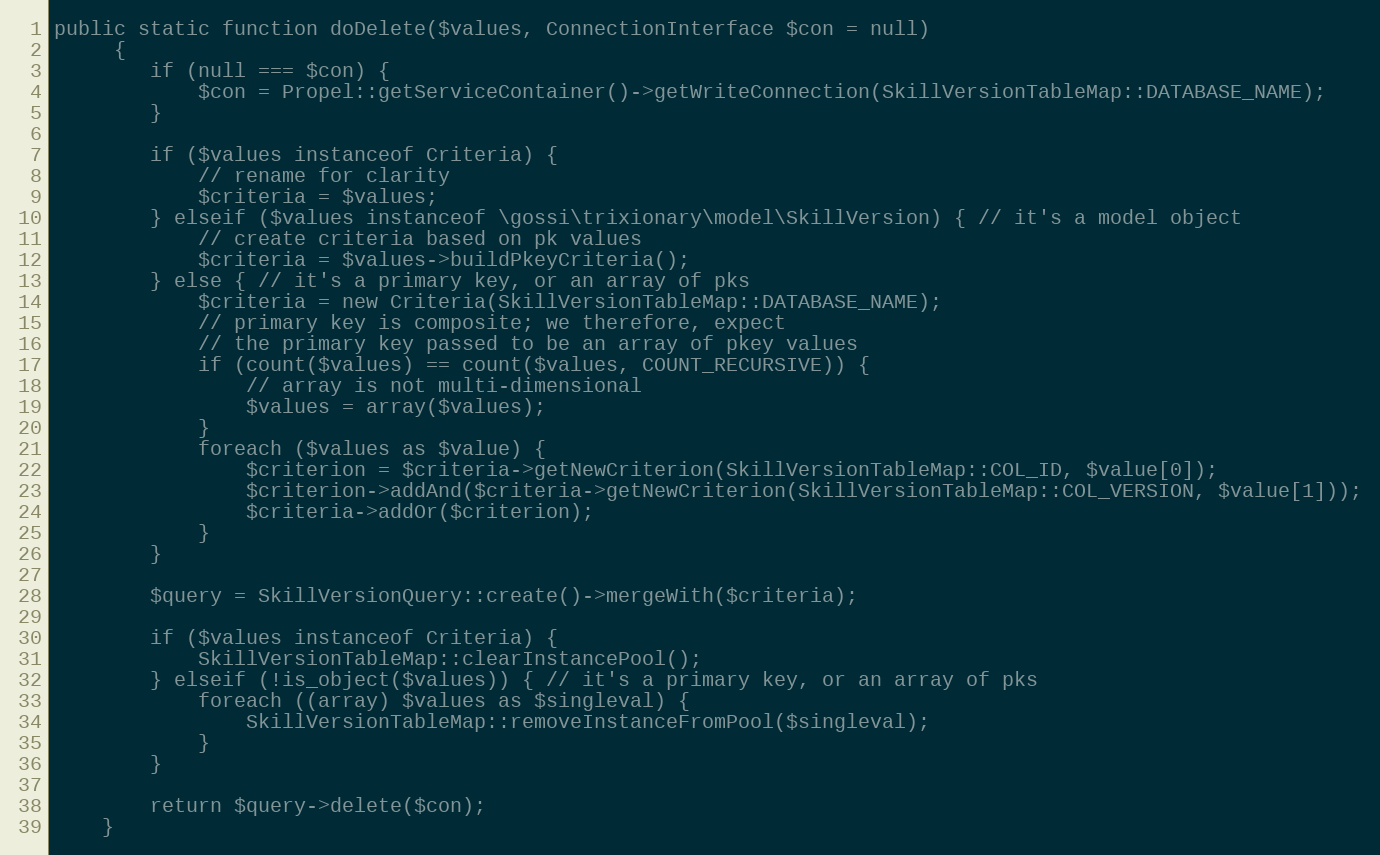
Language: PHP
public static function doDelete($values, ConnectionInterface $con = null)
     {
        if (null === $con) {
            $con = Propel::getServiceContainer()->getWriteConnection(SkillVersionTableMap::DATABASE_NAME);
        }

        if ($values instanceof Criteria) {
            // rename for clarity
            $criteria = $values;
        } elseif ($values instanceof \gossi\trixionary\model\SkillVersion) { // it's a model object
            // create criteria based on pk values
            $criteria = $values->buildPkeyCriteria();
        } else { // it's a primary key, or an array of pks
            $criteria = new Criteria(SkillVersionTableMap::DATABASE_NAME);
            // primary key is composite; we therefore, expect
            // the primary key passed to be an array of pkey values
            if (count($values) == count($values, COUNT_RECURSIVE)) {
                // array is not multi-dimensional
                $values = array($values);
            }
            foreach ($values as $value) {
                $criterion = $criteria->getNewCriterion(SkillVersionTableMap::COL_ID, $value[0]);
                $criterion->addAnd($criteria->getNewCriterion(SkillVersionTableMap::COL_VERSION, $value[1]));
                $criteria->addOr($criterion);
            }
        }

        $query = SkillVersionQuery::create()->mergeWith($criteria);

        if ($values instanceof Criteria) {
            SkillVersionTableMap::clearInstancePool();
        } elseif (!is_object($values)) { // it's a primary key, or an array of pks
            foreach ((array) $values as $singleval) {
                SkillVersionTableMap::removeInstanceFromPool($singleval);
            }
        }

        return $query->delete($con);
    }